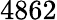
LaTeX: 4862